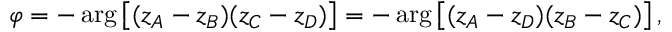
\varphi = - \arg \left[ ( z _ { A } - z _ { B } ) ( z _ { C } - z _ { D } ) \right] = - \arg \left[ ( z _ { A } - z _ { D } ) ( z _ { B } - z _ { C } ) \right] ,